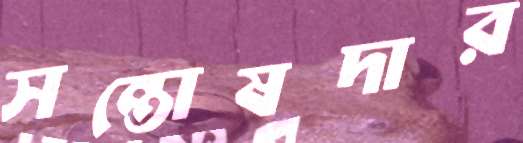
সন্তোষদার